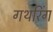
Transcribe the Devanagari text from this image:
गथरिंग